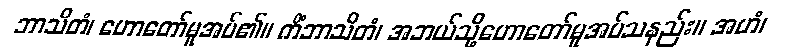
ဘာသိတံ၊ ဟောတော်မူအပ်၏။ ကိံဘာသိတံ၊ အဘယ်သို့ဟောတော်မူအပ်သနည်း။ အဟံ၊